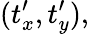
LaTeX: (t_{x}^{\prime},t_{y}^{\prime}),